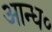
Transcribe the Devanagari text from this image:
आन्ध०